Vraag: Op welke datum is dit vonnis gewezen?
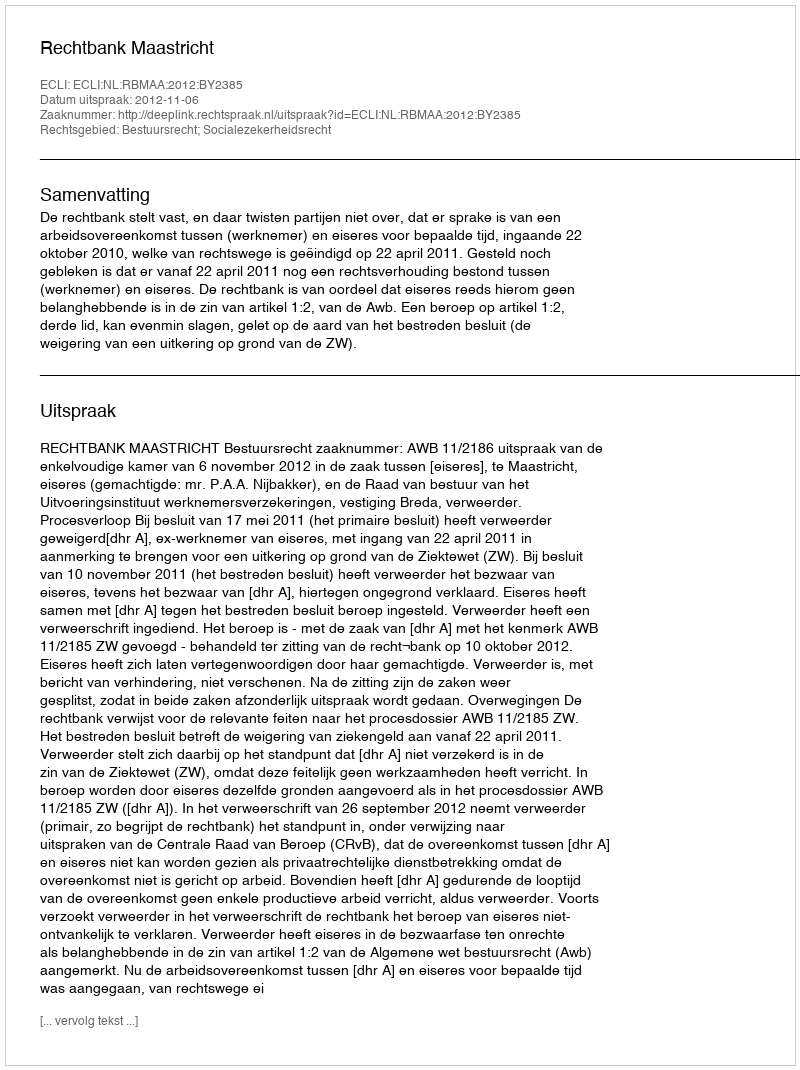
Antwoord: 2012-11-06